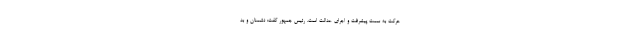
حرکت به سمت پیشرفت و اجرای عدالت است. رئیس جمهور گفت: دشمنان و بد